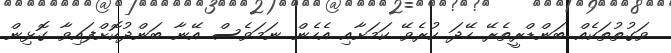
ވަގުތުތަކެއް ބަންޑްރީތެރޭ ހޭދަ ކުރެވޭ ކަމަށާއި އެހެން ނަމަވެސް އޭނާ ބަންދުކޮށްފައިވާ ގޮޅިން